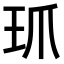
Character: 𤣺